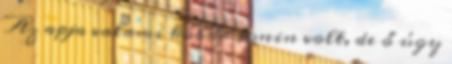
Az apja valami kóbor ronin volt, de ő úgy